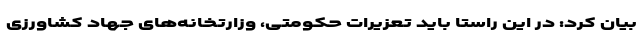
بیان کرد: در این راستا باید تعزیرات حکومتی، وزارتخانه‌های جهاد کشاورزی